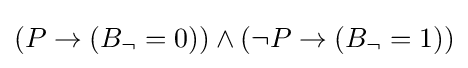
(P\to (B_{\neg }=0))\land (\neg P\to (B_{\neg }=1))